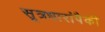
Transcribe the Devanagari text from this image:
सूत्रधारांपैकी